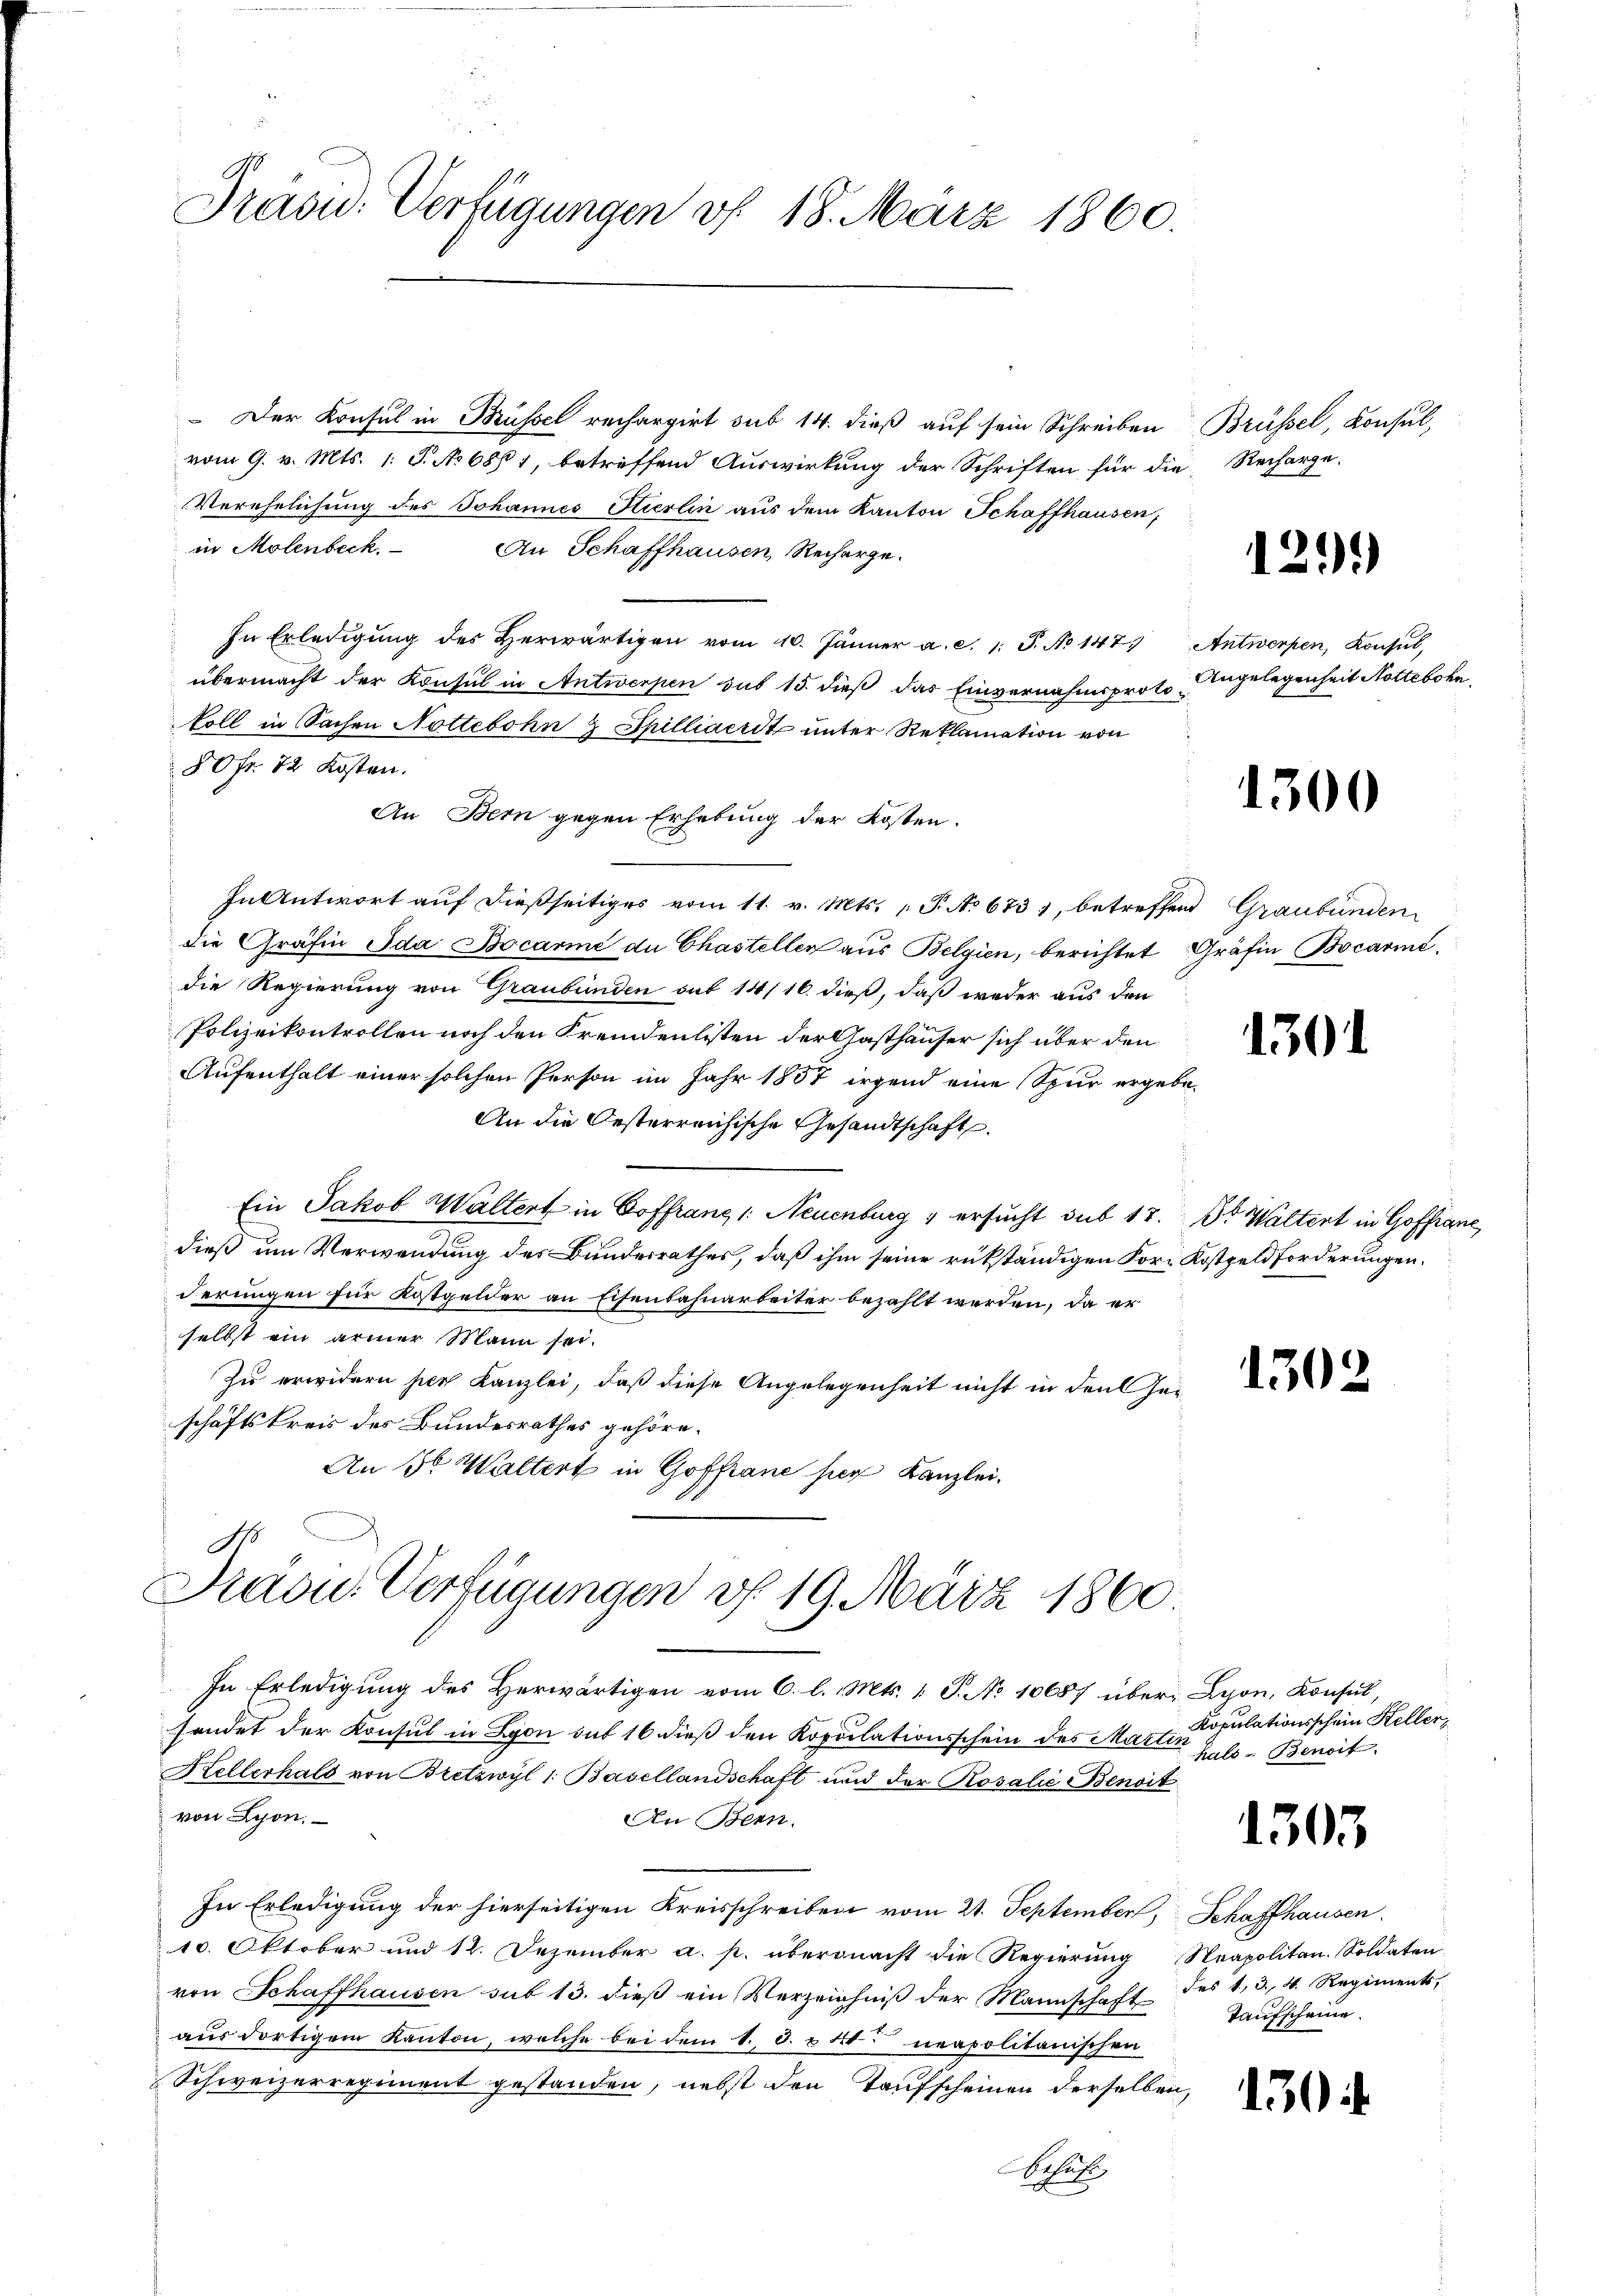
Träsw. Verfügungen v. 18. März 1860.

Der Konsul in Brüssel rechargirt sub 14. dieß auf sein Schreiben Brüssel, Konsul,
vom 9. v. Mts. 1. J. No 6801, betreffend Auswirkung der Schriften für die Recharge-
Verehelichung des Johannes Hierlin aus dem Kanton Schaffhausen,
in Molenbeck. An Schaffhausen Recharge.
In Erledigung des Herwärtigen vom 10. Jänner a. c. 1. P. No 147) Antwerpen, Konsul,
übermacht der Konsul in Antwerpen sus 15. dieß das Einvernahmsproto-
koll in Sachen Nottebohn 3 Spilliacrit unter Reklamation von
80fr. 72 Kosten.
An Bern gegen Erhebung der Kosten.
In Antwort auf dießseitiges vom 11. v. Mts. (T. No 673 1, betreffend Graubünden
die Gräfin Ida Bocarie die Chastellen aus Belgien, berichtet Gräfin Bocarine,
die Regierung von Graubünden sub 14/16. dieß, daß weder aus den
Polizeikontrollen noch den Fremdenlisten der Gasthäuser sich über den
Aufenthalt einer solchen Person im Jahr 1857 irgend eine Spur ergebe¬
An die Oesterreichische Gesandtschaft
Ein Jakob Waltert in Goffranz 1. Neuenburg , ersucht sub 17. Dr Waltert in Goffiane,
dieß um Verwendung des Bundesrathes, daß ihm seine rükständigen For- Kostgeld forderungen.
derungen für Kostgelder an Eisenbahnarbeiter bezahlt werden, da er
selbst ein armer Mann sei.
Zu erwidern per Kanzlei, daß diese Angelegenheit nicht in den Hei
schäftskreis des Bundesrathes gehöre.
An 3 Waltert in Goffrane hier Kanzlei.

e
Pradu. Verfügungen d. 19. März 1860

In Erledigung des Herwärtigen vom 6. l. Mts. 1. J. No 10687 über Lyon, Konsul,
sendet der Konsul in Lyon sub 16 dieß den Kopulationsschein des Martin
Kellerhals von Bretzwyl 1. Basellandschaft und der Rosalić BBenoit
von Lyon.
An Bern.
In Erledigung der hierseitigen Kreisschreiben vom 21. September, Schaffhausen
10. Oktober und 12. Dezember a. p. übernacht die Regierung Neapolitan. Soldaten
von Schaffhausen sub 13. dieβ ein Verzeichniβ der Mannschaft
aus dortigem Kanton, welche bei dem 1. d. u Fr. neapolitanischen
Schweizerregiment gestanden, nebst den Taufscheinen derselben,
Schaft

1

2.)

Angelegenheit Nottebohn

1300

1301

1302

Kopulationsschein Keller,
hals - Benoit.

1303.

des 1, 3. 4. Regiments,
Taufscheine

130